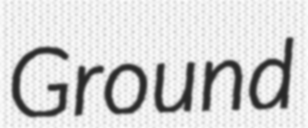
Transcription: Ground